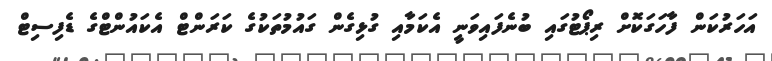
އަހަރުކަން ފާހަގަކޮށް ރިޕޯޓުގައި ބުނެފައިވަނީ އެކަމާއި ގުޅިގެން ގައުމުތަކުގެ ކަރަންޓް އެކައުންޓްގެ ޑެފިސިޓް